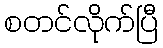
စတင်လိုက်ပြီ